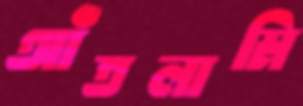
আঁতলামি